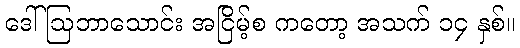
ဒေါ်ဩဘာသောင်း အငြိမ့်စ ကတော့ အသက် ၁၄ နှစ်။